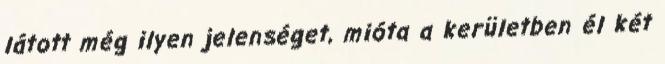
látott még ilyen jelenséget, mióta a kerületben él két